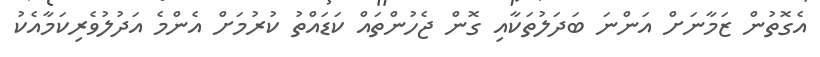
އެގޮތުން ޒަމާނަށް އަންނަ ބަދަލުތަކާއި ގޮން ޖެހުންތައް ކަޑައްތު ކުރުމަށް އެންމެ އަދުލުވެރިކަމާއެކު